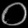
Digit: ၀